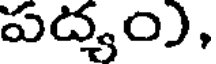
పద్యం),